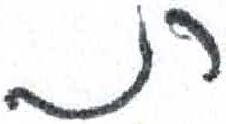
אות: ת